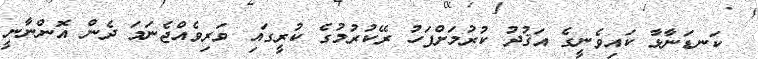
ކަނޑަނާޅާ ކައިވެނީގެ އަޤުދު ކުރުމަށްފަހު ރޭކުރުމުގެ ކުރީގައި ވަރިވެއްޖެނަމަ ދެން އޮންނާނީ